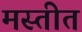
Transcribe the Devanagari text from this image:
मस्तीत